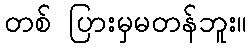
တစ် ပြားမှမတန်ဘူး။